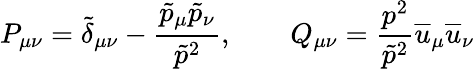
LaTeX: P_{\mu\nu}=\tilde{\delta}_{\mu\nu}-\frac{\tilde{p}_{\mu}\tilde{p}_{\nu}}{\tilde{p}^{2}},\qquad Q_{\mu\nu}=\frac{p^{2}}{\tilde{p}^{2}}\overline{{{u}}}_{\mu}\overline{{{u}}}_{\nu}